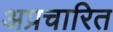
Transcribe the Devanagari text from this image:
अप्रचारित